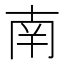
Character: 南